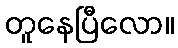
တူနေပြီလော။